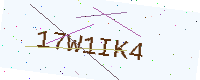
Text: 17W1IK4